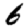
Digit: 6